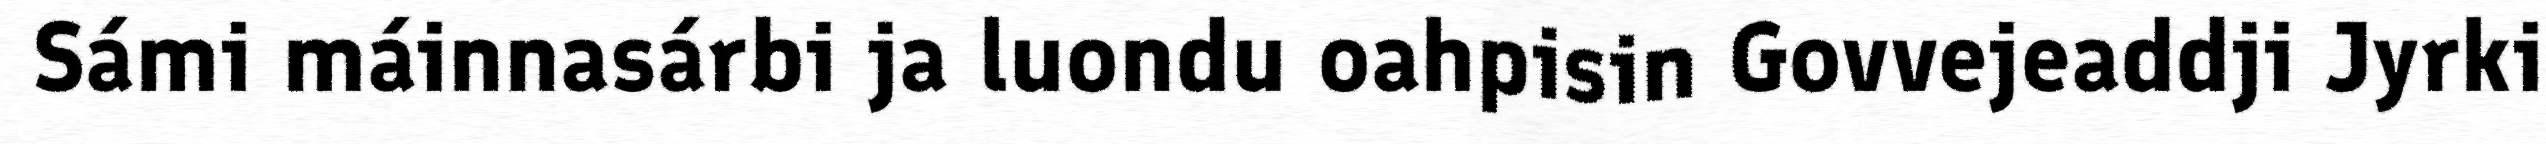
Sámi máinnasárbi ja luondu oahpisin Govvejeaddji Jyrki